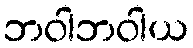
ဘဝါဘဝါယ